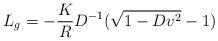
LaTeX: \begin{align*}L_g = - {K\over R} D^{-1} (\sqrt{1 - D v^2} - 1)\end{align*}